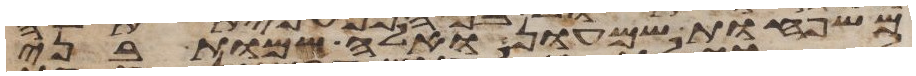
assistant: משפחות שמעון ואלה שמות בני